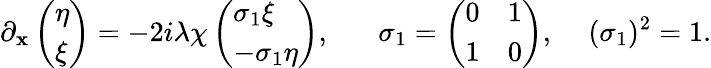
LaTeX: \partial_{\mathbf{x}}\left(\begin{array}{l}{{\eta}}\\ {{\xi}}\end{array}\right)=-2i\lambda\chi\left(\begin{array}{l}{{\sigma_{1}\xi}}\\ {{-\sigma_{1}\eta}}\end{array}\right),\, \, \, \, \, \, \, \, \, \, \sigma_{1}=\left(\begin{array}{ll}{{0}}&{{1}}\\ {{1}}&{{0}}\end{array}\right),\, \, \, \, \, \, \, (\sigma_{1})^{2}=1.